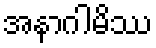
အနာဂါမိဿ